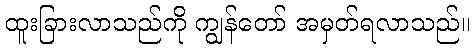
ထူးခြားလာသည်ကို ကျွန်တော် အမှတ်ရလာသည်။